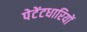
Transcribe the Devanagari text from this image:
पेटेंटधारियों